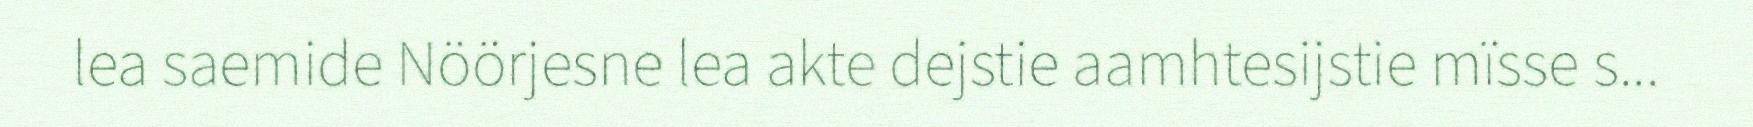
lea saemide Nöörjesne lea akte dejstie aamhtesijstie mïsse s...